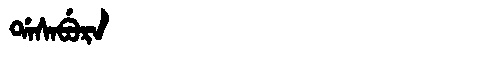
Manchu: ᡩᠠᠰᠠᠪᡠᡵᠠ
Romanization: DASABURA